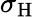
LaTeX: \sigma_{\mathrm H}